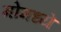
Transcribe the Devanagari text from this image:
मोमध्ये